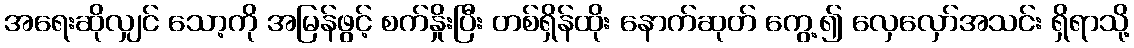
အရေးဆိုလျှင် သော့ကို အမြန်ဖွင့် စက်နှိုးပြီး တစ်ရှိန်ထိုး နောက်ဆုတ် ကွေ့၍ လှေလှော်အသင်း ရှိရာသို့